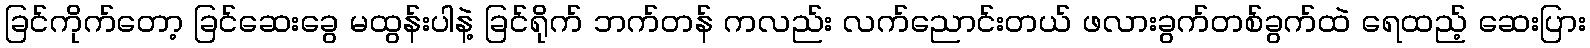
ခြင်ကိုက်တော့ ခြင်ဆေးခွေ မထွန်းပါနဲ့ ခြင်ရိုက် ဘက်တန် ကလည်း လက်ညောင်းတယ် ဖလားခွက်တစ်ခွက်ထဲ ရေထည့် ဆေးပြား